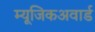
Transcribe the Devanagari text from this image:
म्यूजिकअवार्ड